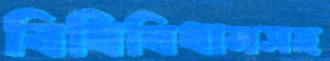
বিধিবিধানসহ